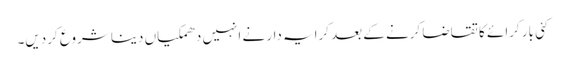
کئی بار کرائے کا تقاضا کرنے کے بعد کرایہ دار نے انہیں دھمکیاں دینا شروع کردیں۔